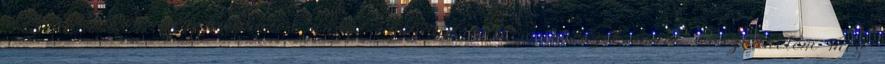
egyébként igen-igen harmatos angol nyelvtudásom javarészét ennek köszönhetem meg